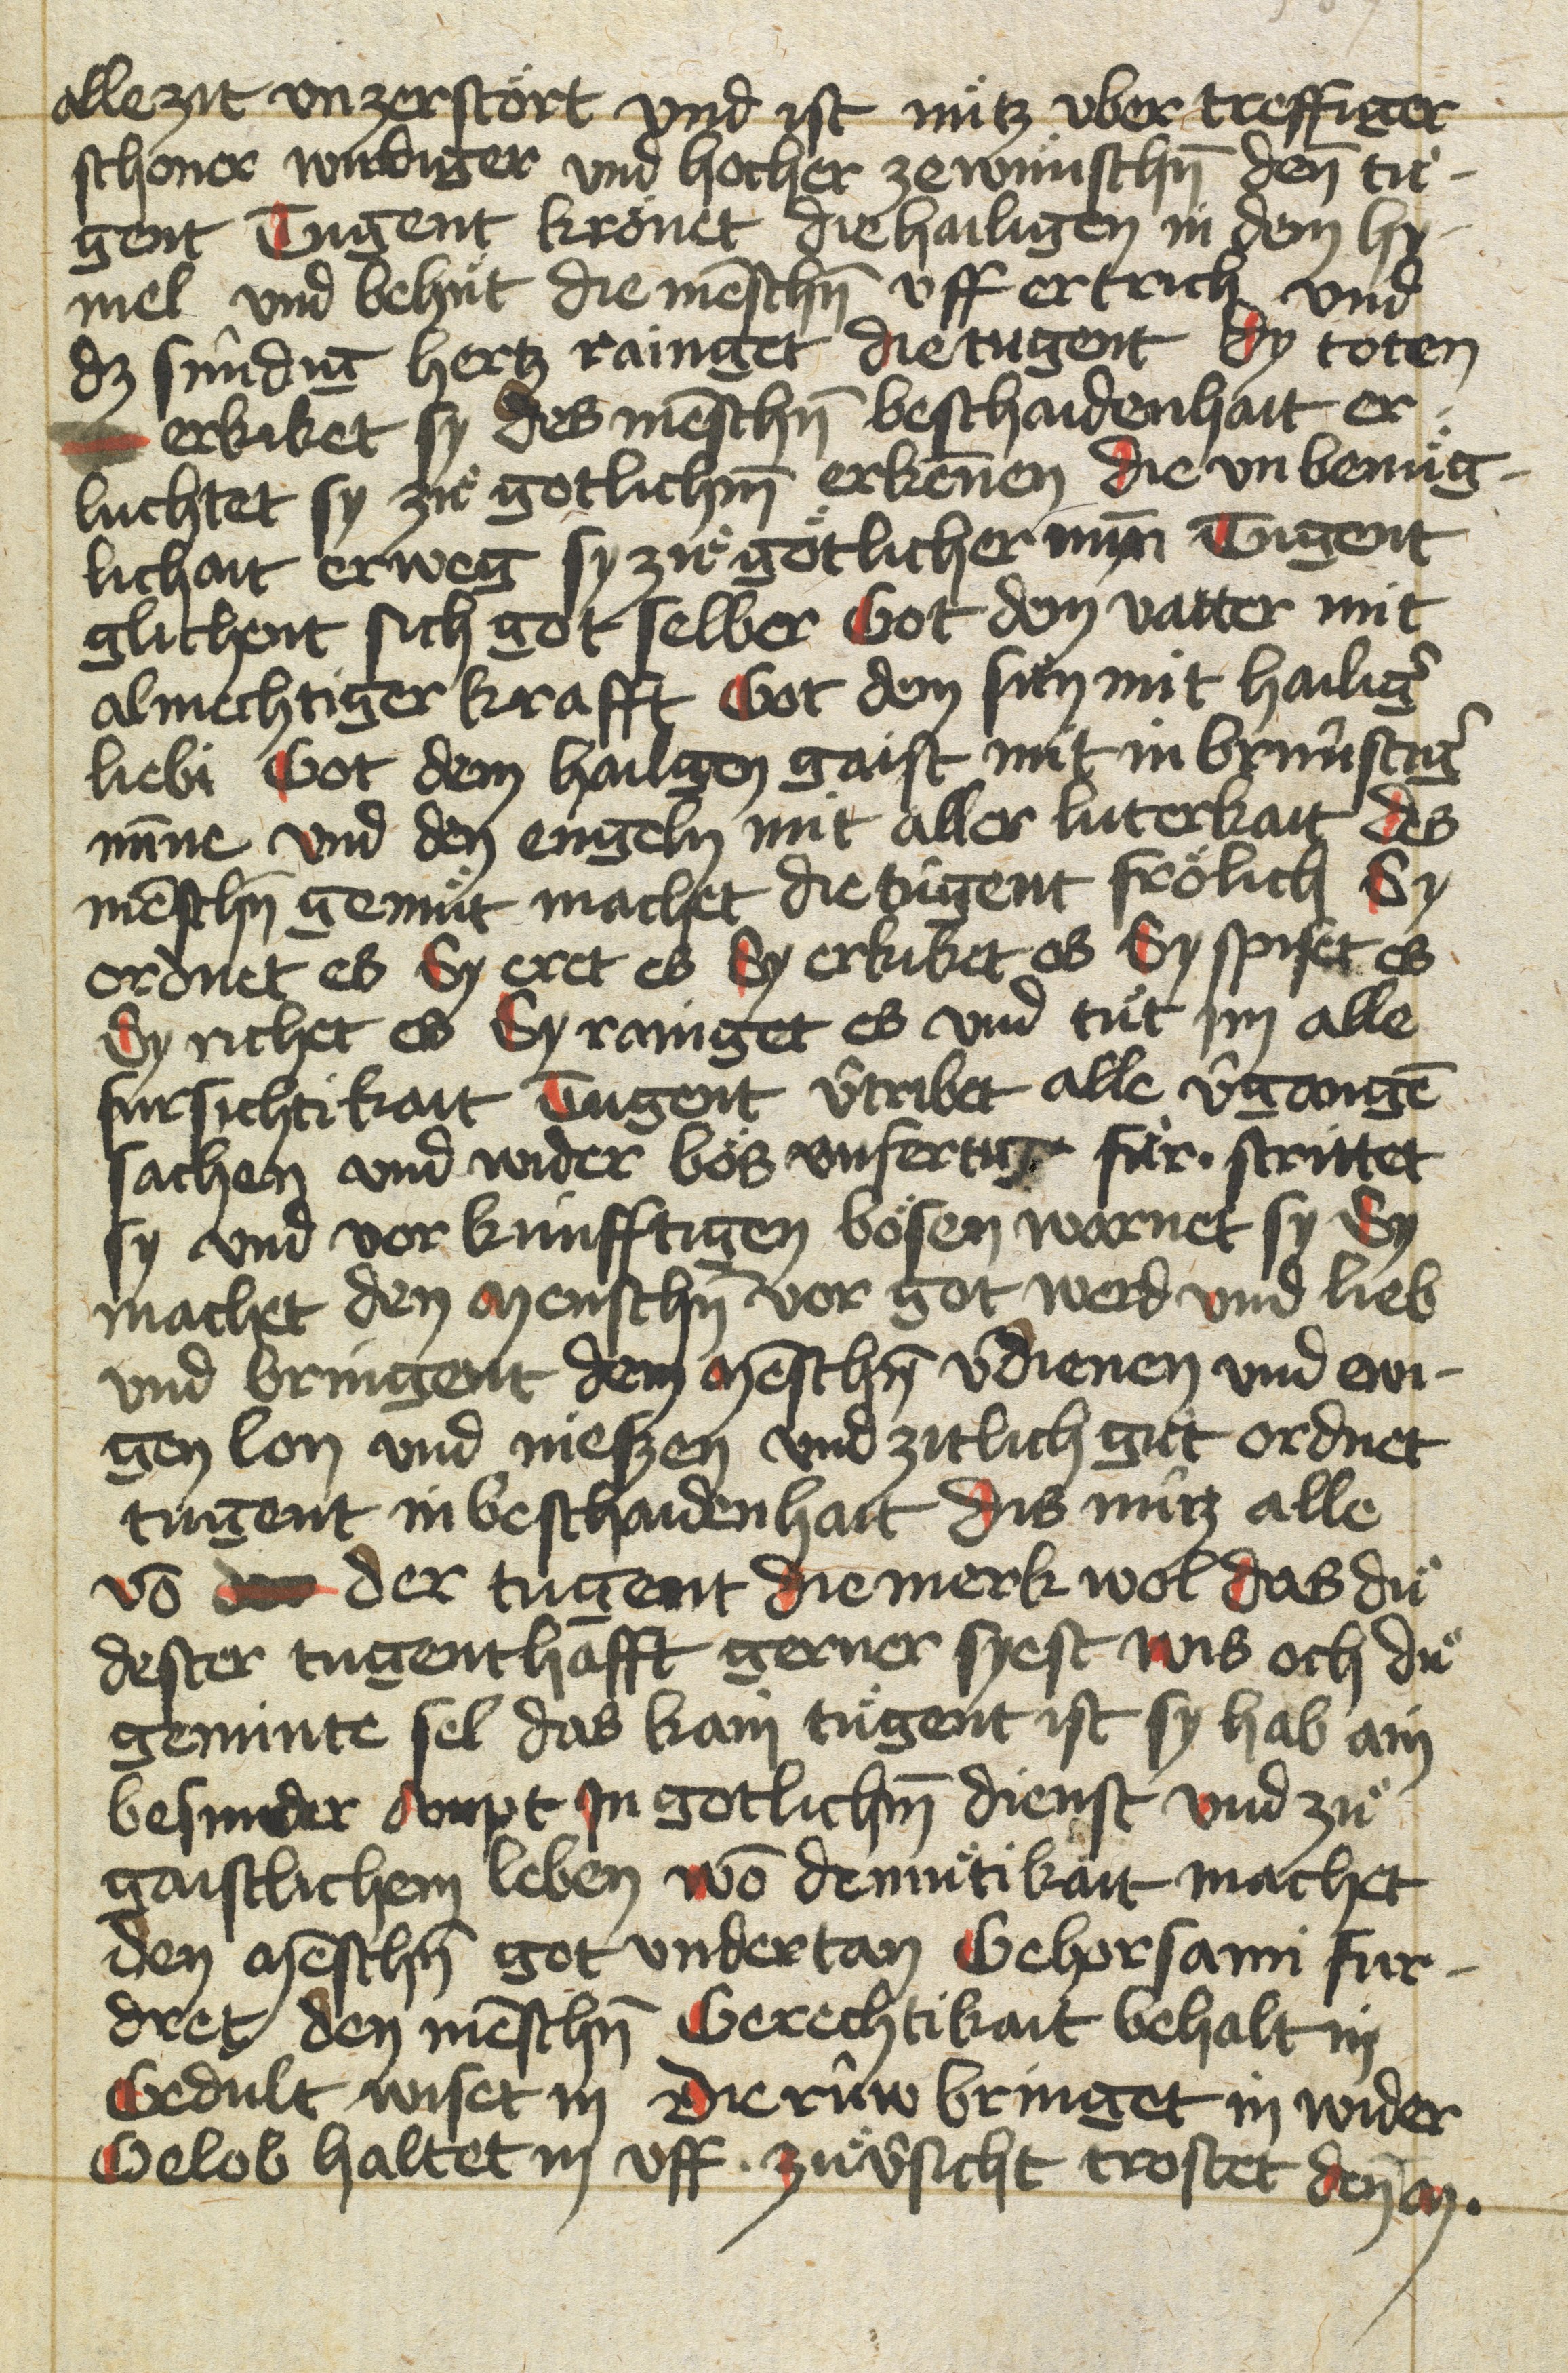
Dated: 1400–1499